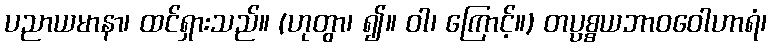
ပညာယမာနာ၊ ထင်ရှားသည်။ (ဟုတွာ၊ ၍။ ဝါ၊ ကြောင့်။) တပ္ပစ္စယဘာဝဝေါဟာရံ၊